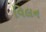
વિલન